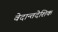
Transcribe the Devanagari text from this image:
वेदान्तदेशिक